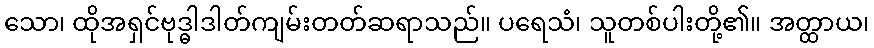
သော၊ ထိုအရှင်ဗုဒ္ဓါဒါတ်ကျမ်းတတ်ဆရာသည်။ ပရေသံ၊ သူတစ်ပါးတို့၏။ အတ္ထာယ၊